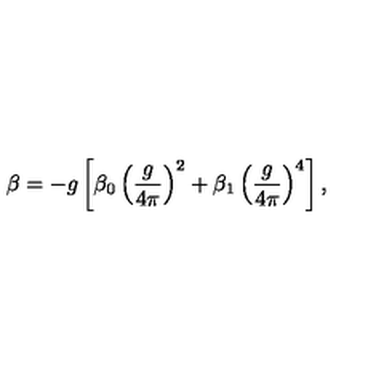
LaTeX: \beta = - g \left[ \beta _ { 0 } \left( \frac { g } { 4 \pi } \right) ^ { 2 } + \beta _ { 1 } \left( \frac { g } { 4 \pi } \right) ^ { 4 } \right] ,